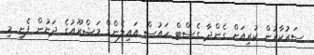
ސަރުކާރުން ކުރިއަށް ގެންދާ ގެސްޓް ހައުސް އައިލެންޑް މަޝްރޫއުގެ ދަށުން ފެށި މި